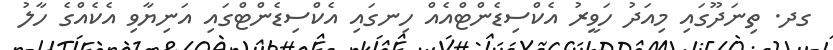
ގދ. ތިނަދޫގައި މިއަދު ހަވީރު އެކްސިޑެންޓްއެއް ހިނގައި އެކްސިޑެންޓްގައި އަނިޔާވި އެކެއްގެ ހާލު